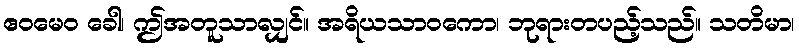
ဧဝမေဝ ခေါ၊ ဤအတူသာလျှင်။ အရိယသာဝကော၊ ဘုရားတပည့်သည်။ သတိမာ၊